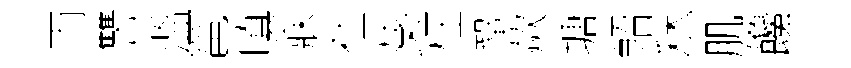
雨讐溫邕嗔寐社葵枉鞏歘塘軺秫肌饞